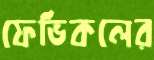
ফেভিকলের